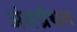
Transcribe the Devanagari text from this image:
अंतर्ग्रथन